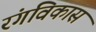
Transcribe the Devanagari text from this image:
रंगविकास